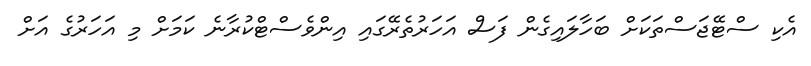
އެކި ސްޓޭޖަސްތަކަށް ބަހާލައިގެން ފަސް އަހަރުތެރޭގައި އިންވެސްޓްކުރާނެ ކަމަށް މި އަހަރުގެ އަށް